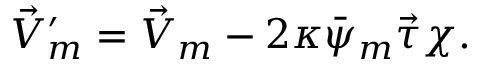
\vec { V } _ { m } ^ { \prime } = \vec { V } _ { m } - 2 \kappa \bar { \psi } _ { m } \vec { \tau } \chi .